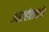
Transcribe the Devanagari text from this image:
अरहंतको